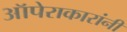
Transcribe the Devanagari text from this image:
ऑपेराकारांनी